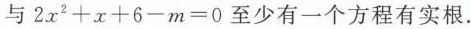
与$$2x^{2}+x+6-m=0$$至少有一个方程有实根。